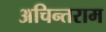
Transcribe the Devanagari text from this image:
अचिन्तराम